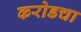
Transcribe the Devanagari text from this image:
करोडचा